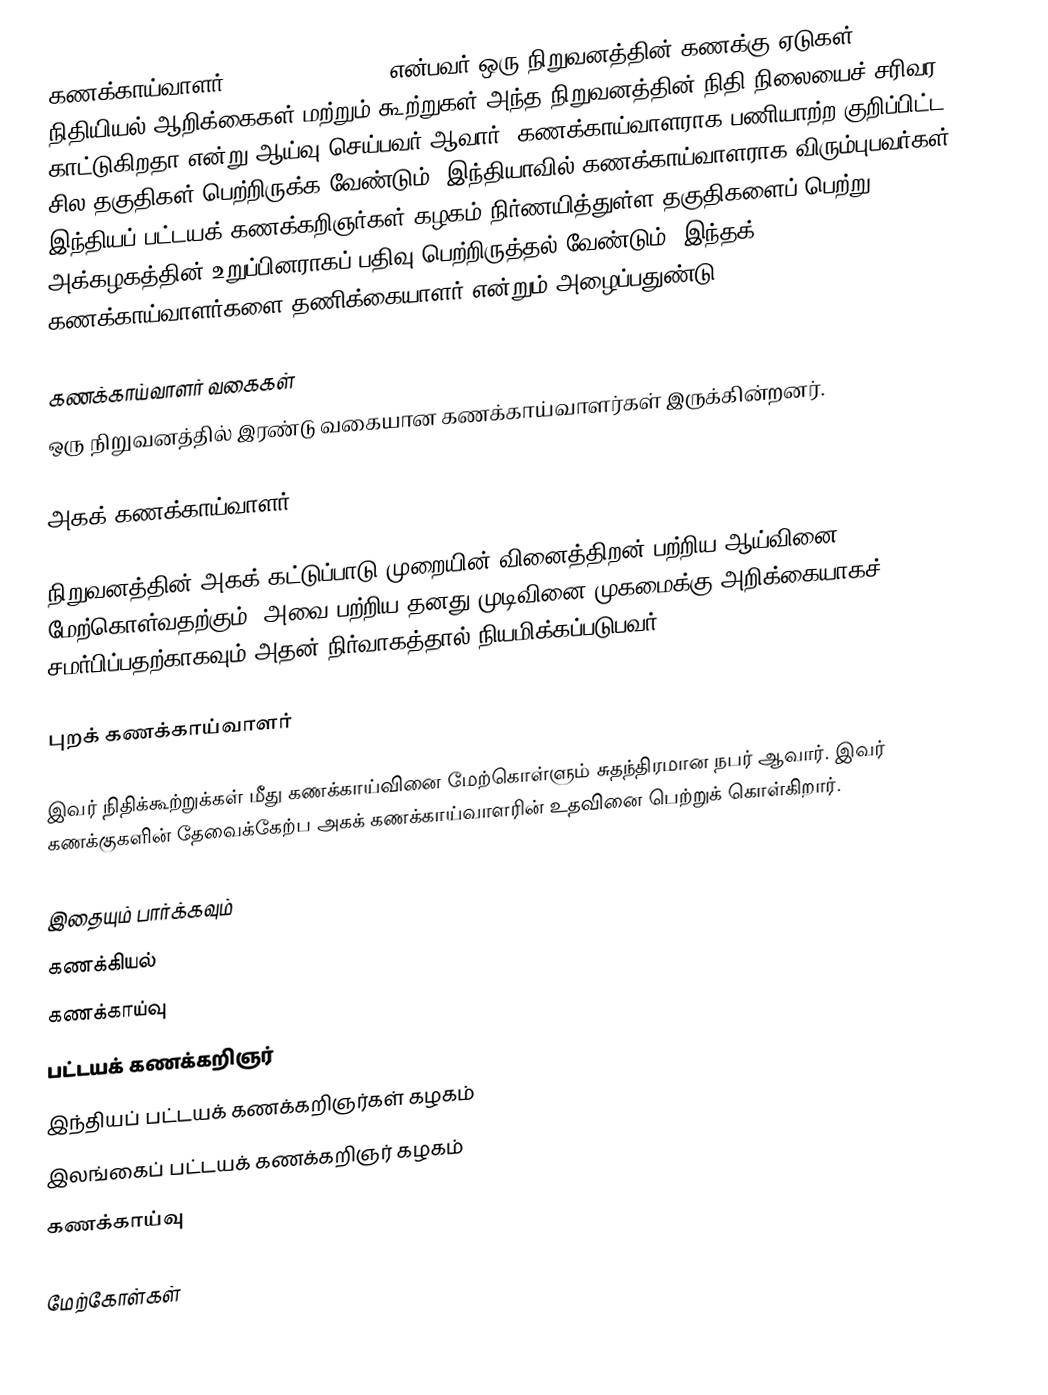
கணக்காய்வாளர் (English:Auditor) என்பவர் ஒரு நிறுவனத்தின் கணக்கு ஏடுகள், நிதியியல் ஆறிக்கைகள் மற்றும் கூற்றுகள் அந்த நிறுவனத்தின் நிதி நிலையைச் சரிவர காட்டுகிறதா என்று ஆய்வு செய்பவர் ஆவார். கணக்காய்வாளராக பணியாற்ற குறிப்பிட்ட சில தகுதிகள் பெற்றிருக்க வேண்டும். இந்தியாவில் கணக்காய்வாளராக விரும்புபவர்கள் இந்தியப் பட்டயக் கணக்கறிஞர்கள் கழகம் நிர்ணயித்துள்ள தகுதிகளைப் பெற்று அக்கழகத்தின் உறுப்பினராகப் பதிவு பெற்றிருத்தல் வேண்டும். இந்தக் கணக்காய்வாளர்களை தணிக்கையாளர் என்றும் அழைப்பதுண்டு.

கணக்காய்வாளர் வகைகள்
ஒரு நிறுவனத்தில் இரண்டு வகையான கணக்காய்வாளர்கள் இருக்கின்றனர்.

அகக் கணக்காய்வாளர்

நிறுவனத்தின் அகக் கட்டுப்பாடு முறையின் வினைத்திறன் பற்றிய ஆய்வினை மேற்கொள்வதற்கும், அவை பற்றிய தனது முடிவினை முகமைக்கு அறிக்கையாகச் சமர்பிப்பதற்காகவும் அதன் நிர்வாகத்தால் நியமிக்கப்படுபவர்.

புறக் கணக்காய்வாளர்

இவர் நிதிக்கூற்றுக்கள் மீது கணக்காய்வினை மேற்கொள்ளும் சுதந்திரமான நபர் ஆவார். இவர் கணக்குகளின் தேவைக்கேற்ப அகக் கணக்காய்வாளரின் உதவினை பெற்றுக் கொள்கிறார்.

இதையும் பார்க்கவும்
கணக்கியல்
கணக்காய்வு
பட்டயக் கணக்கறிஞர்
இந்தியப் பட்டயக் கணக்கறிஞர்கள் கழகம்
இலங்கைப் பட்டயக் கணக்கறிஞர் கழகம்
கணக்காய்வு

மேற்கோள்கள்